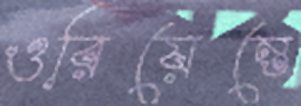
ওরিয়েন্তে